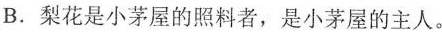
B.梨花是小茅屋的照料者，是小茅屋的主人。